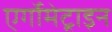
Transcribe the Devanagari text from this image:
एर्गोमेट्राइन